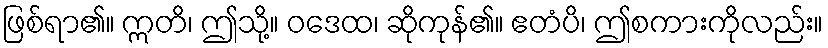
ဖြစ်ရာ၏။ ဣတိ၊ ဤသို့။ ဝဒေထ၊ ဆိုကုန်၏။ ဧတံပိ၊ ဤစကားကိုလည်း။